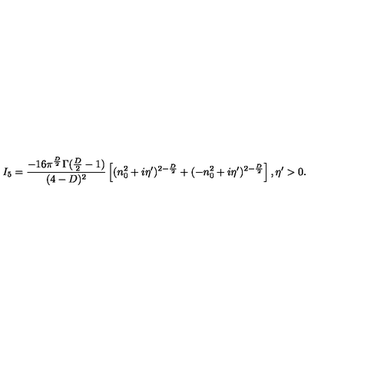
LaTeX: I _ { 5 } = \frac { - 1 6 \pi ^ { \frac { D } { 2 } } \Gamma ( \frac { D } { 2 } - 1 ) } { ( 4 - D ) ^ { 2 } } \left[ ( n _ { 0 } ^ { 2 } + i \eta ^ { \prime } ) ^ { 2 - \frac { D } { 2 } } + ( - n _ { 0 } ^ { 2 } + i \eta ^ { \prime } ) ^ { 2 - \frac { D } { 2 } } \right] , \eta ^ { \prime } > 0 .